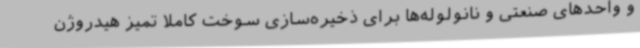
و واحدهای صنعتی و نانولوله‌ها برای ذخیره‌سازی سوخت کاملا تمیز هیدروژن